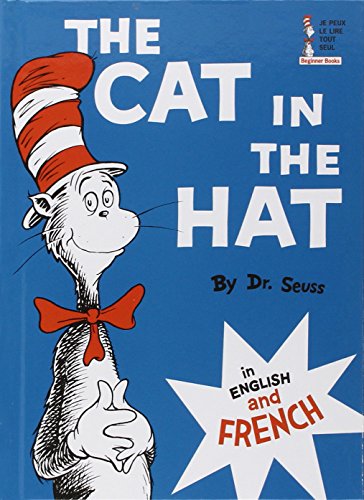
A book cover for The Cat in the Hat in English and French (Le Chat Au Chapeau); Dr. Seuss; Children's Books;